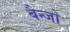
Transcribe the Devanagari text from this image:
बैन्जो